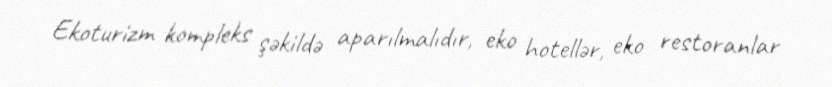
Ekoturizm kompleks şəkildə aparılmalıdır, eko hotellər, eko restoranlar